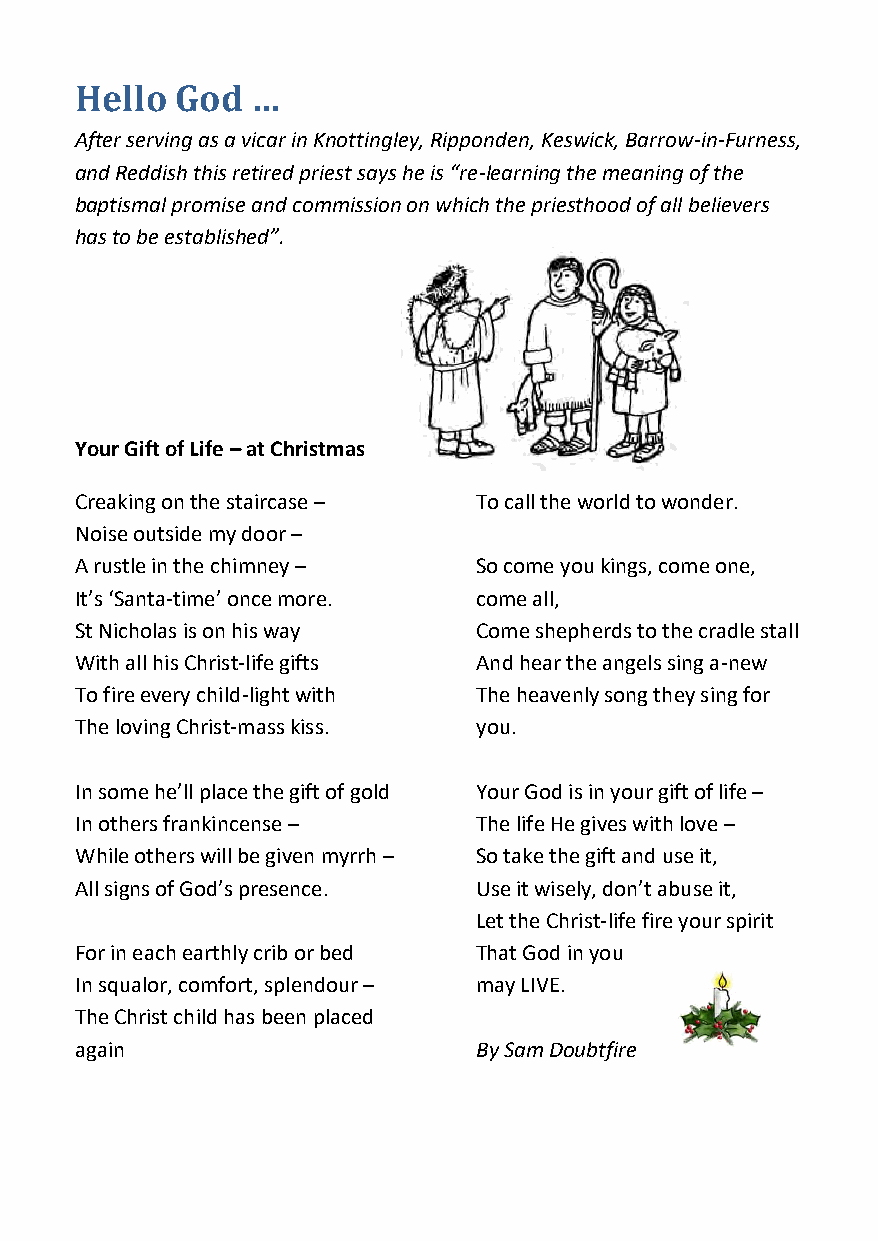
Hello  God  …
 After serving as a vicar in Knottingley, Ripponden, Keswick, Barrow-in-Furness,
 and Reddish this retired priest says he is “re-learning the meaning of the
 baptismal promise and commission on which the priesthood of all believers
 has to be established”.
 Your Gift of Life – at Christmas
 Creaking on the staircase – To call the world to wonder.
 Noise outside my door –
 A rustle in the chimney – So come you kings, come one,
 It’s ‘Santa-time’ once more. come all,
 St Nicholas is on his way Come shepherds to the cradle stall
 With all his Christ-life gifts And hear the angels sing a-new
 To fire every child-light with The heavenly song they sing for
 The loving Christ-mass kiss. you.
 In some he’ll place the gift of gold Your God is in your gift of life –
 In others frankincense –  The life He gives with love –
 While others will be given myrrh – So take the gift and use it,
 All signs of God’s presence. Use it wisely, don’t abuse it,
 Let the Christ-life fire your spirit
 For in each earthly crib or bed That God in you
 In squalor, comfort, splendour – may LIVE.
 The Christ child has been placed
 again                     By Sam Doubtfire